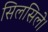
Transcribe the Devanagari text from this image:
सिलसिले।